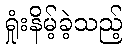
ရှုံးနိမ့်ခဲ့သည့်